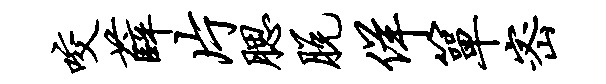
咬薛片腮脱佯箪密